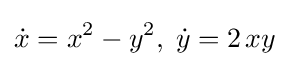
{\dot {x}}=x^{2}-y^{2},\;{\dot {y}}=2\,xy